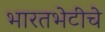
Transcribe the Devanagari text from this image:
भारतभेटीचे